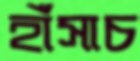
হাঁসাচ